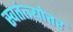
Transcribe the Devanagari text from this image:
स्वतंत्त्र्योत्तर